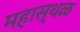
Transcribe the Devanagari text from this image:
महास्थळ